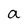
Character: a